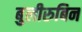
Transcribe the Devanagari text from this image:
बुलीरुबिन